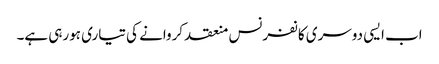
اب ایسی دوسری کانفرنس منعقد کروانے کی تیاری ہورہی ہے۔